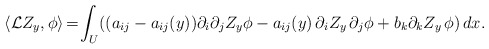
\begin{align*} \langle {\mathcal L}Z_y,\phi\rangle \!=\!\int_U\! \left( (a_{ij}-a_{ij}(y))\partial_i\partial_j Z_y\phi-a_{ij}(y)\,\partial_iZ_y\,\partial_j\phi+b_k\partial_kZ_y\, \phi\right)dx. \end{align*}